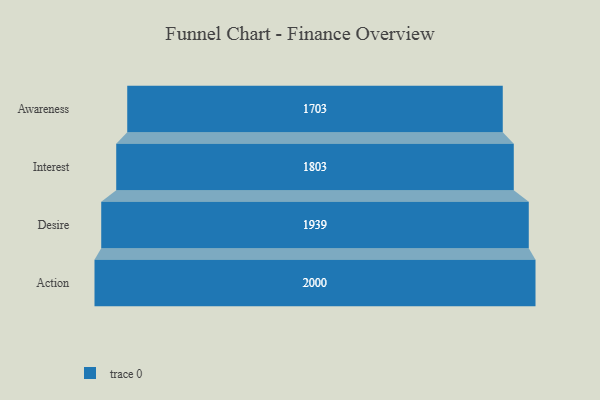
{"axis": {"x": "Stage", "y": "Value"}, "legend": [""], "data": [{"x": "Awareness", "y": 1703.0, "type": ""}, {"x": "Interest", "y": 1803.0, "type": ""}, {"x": "Desire", "y": 1939.0, "type": ""}, {"x": "Action", "y": 2000, "type": ""}]}